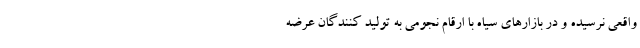
واقعی نرسیده و در بازارهای سیاه با ارقام نجومی به تولید کنندگان عرضه